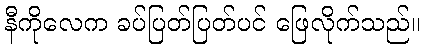
နီကိုလေက ခပ်ပြတ်ပြတ်ပင် ဖြေလိုက်သည်။